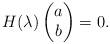
LaTeX: \begin{align*}H(\lambda) \begin{pmatrix} a \\ b \end{pmatrix}=0.\end{align*}